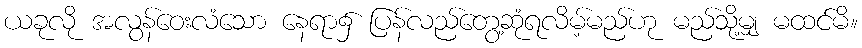
ယခုလို အလွန်ဝေးလံသော နေရာ၌ ပြန်လည်တွေ့ဆုံရလိမ့်မည်ဟု မည်သို့မျှ မထင်မိ။